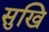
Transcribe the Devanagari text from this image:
सुखि